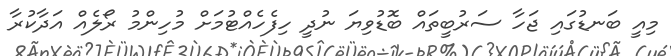
މިއީ ބަނޑުގައި ޖަހާ ސަރުބީތައް ބޮޑުވިޔަ ނުދީ ހިފެހެއްޓުމަށް މުހިންމު ރޯލެއް އަދާކުރާ